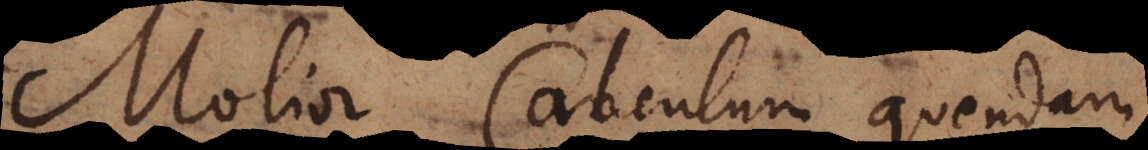
Molior Calculum quendam